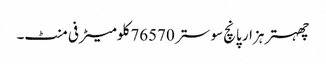
چھہتر ہزار پانچ سو ستر 76570 کلومیٹر فی منٹ۔